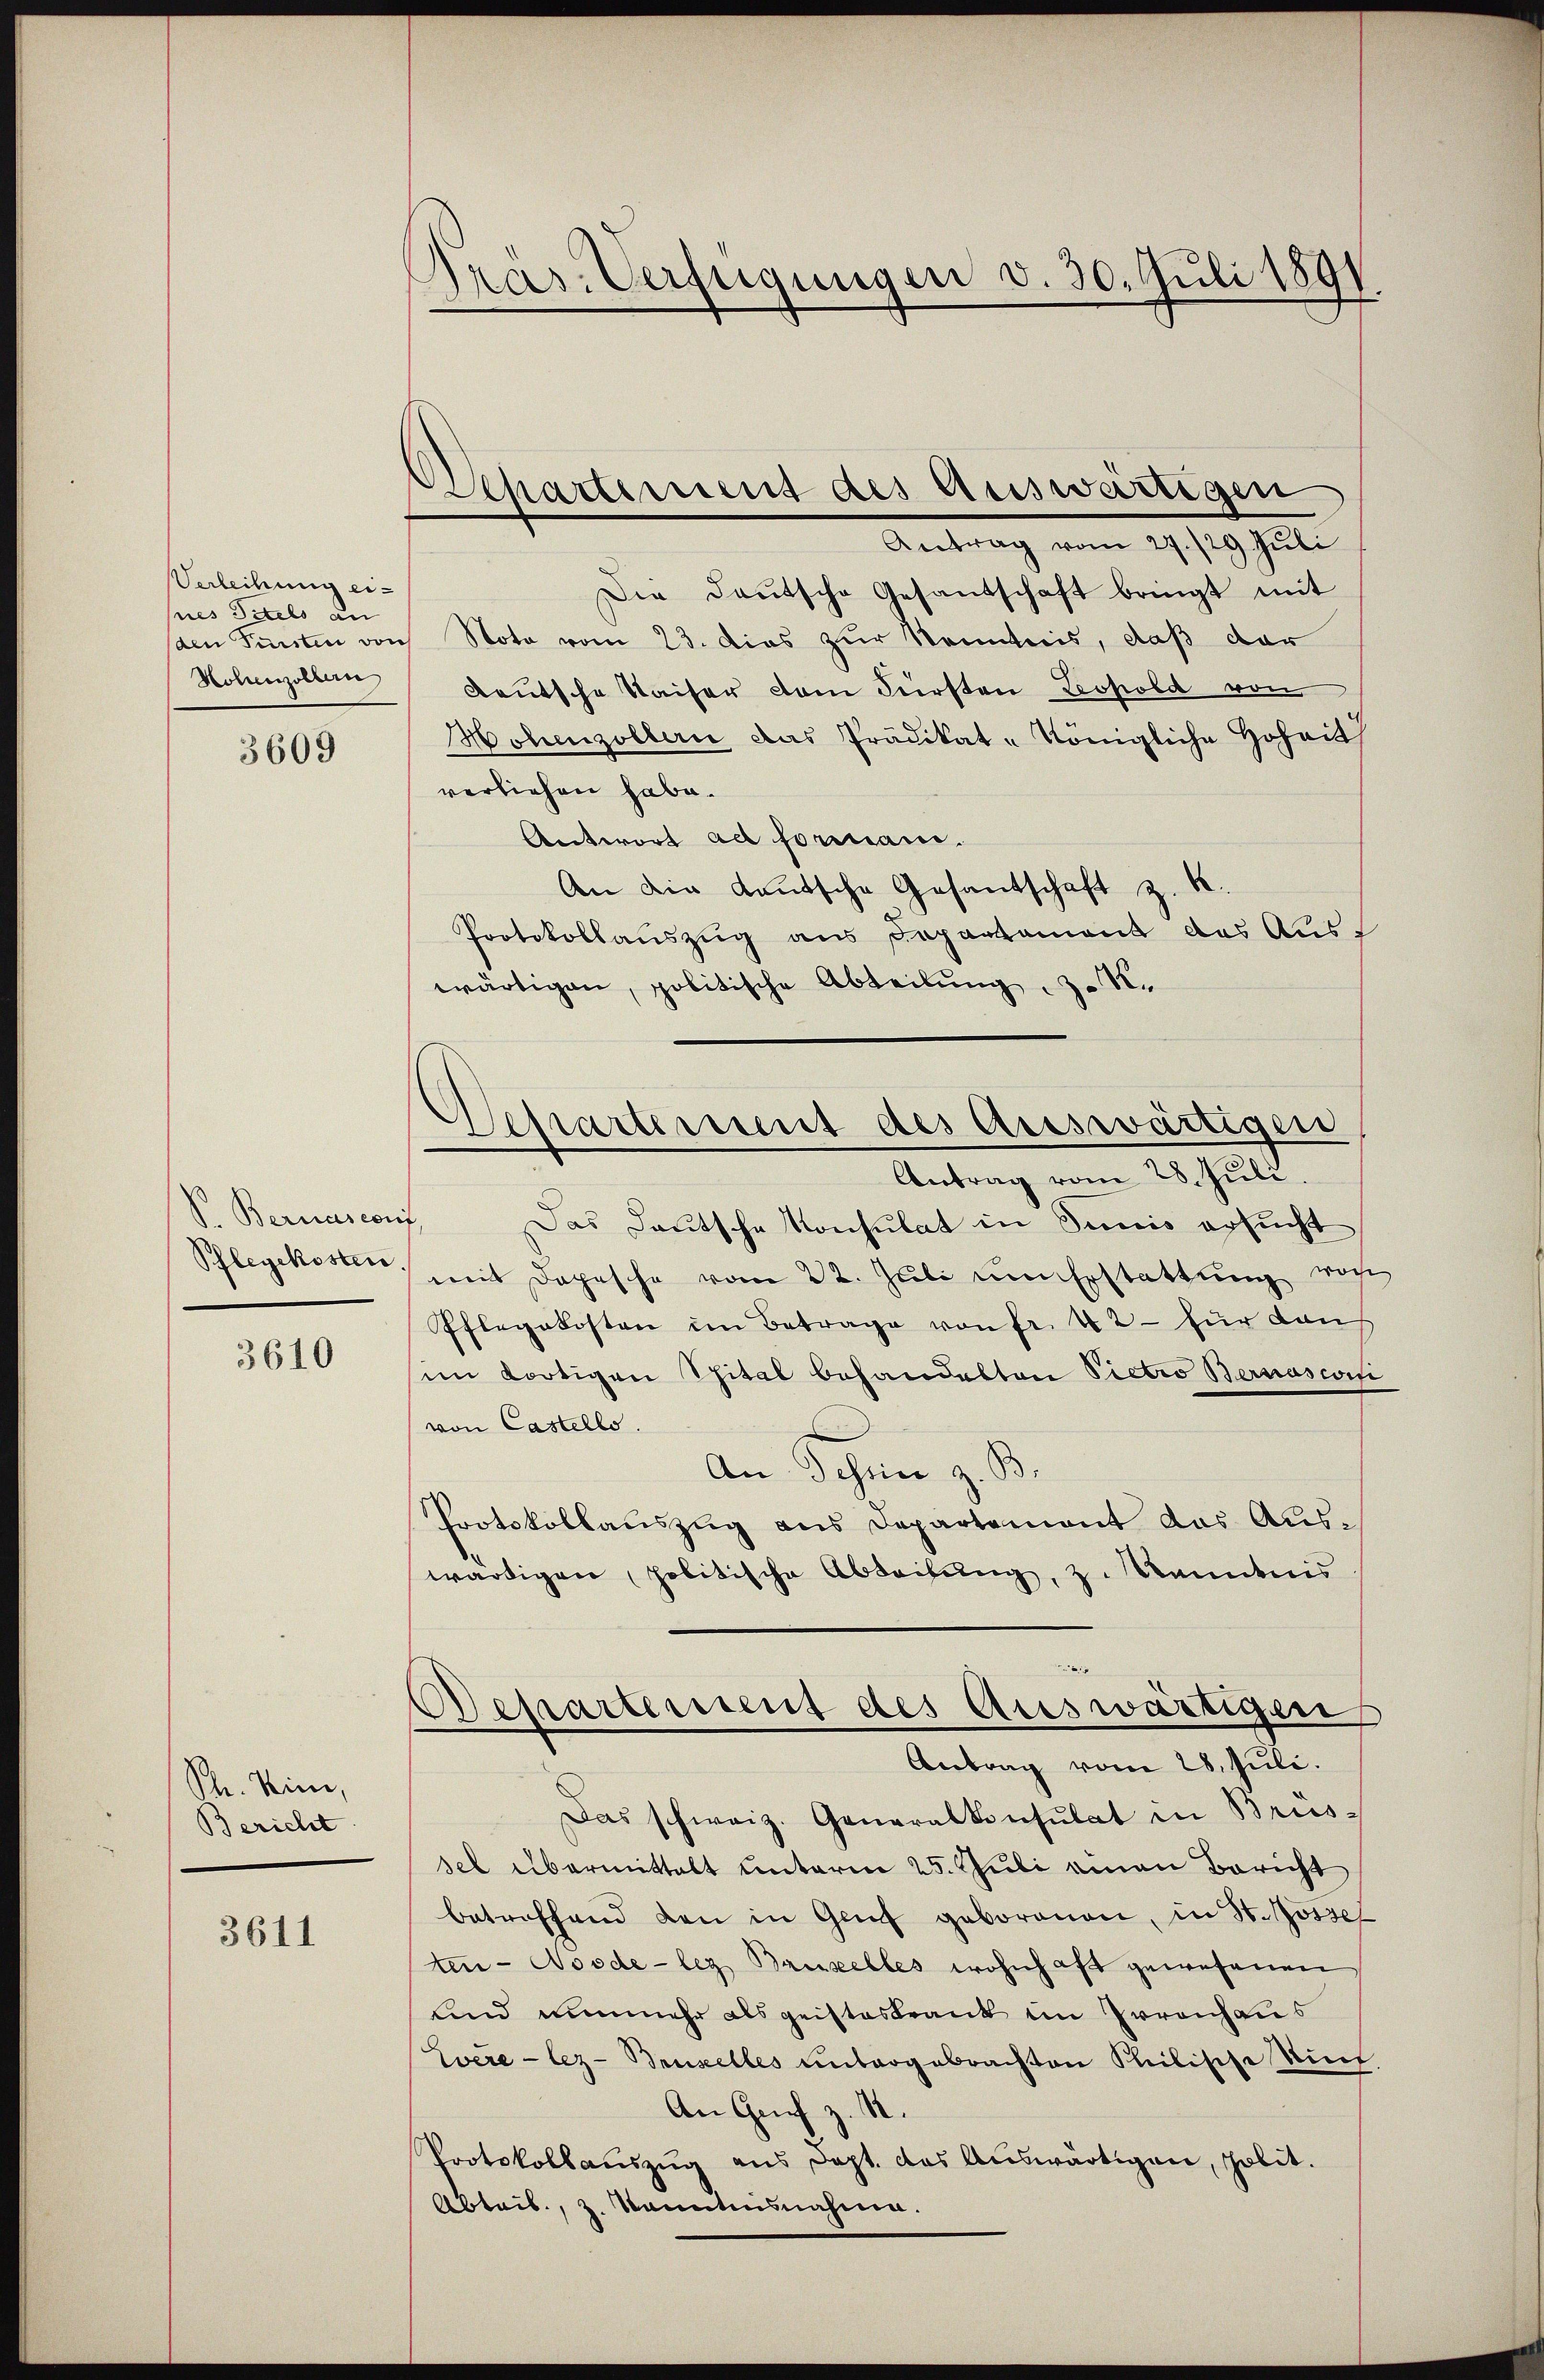
Verleihung eipes Titels an
Hohenzollern

3609

V. Bernasconf
Schlegekosten.

3610

Se. Meine,
Bericht

3611

Präs. Verfügungen d. 30. Juli 1891

repartement des Attiswärtigen
Antrag vom 27./29. Juli

Die Deutsche Gesandschaft bringt mit
den Fürsten von Nota vom 23. dies zur Kenntnis, daß dar
deutsche Waiser vom Fürsten Leopold von
Hohenzollern das Prädikat-Königliche Hoheit
verliehen habe.
Antwort ad formani.
An die Kautsche Gesandschaft z. B.
Protokollauszug aus Departament das Auswärtigen, politische Abteilung, z. R.
Antrag vom 28. Juli.
Das Deutsche Konsulat in Seis ersucht
mit Depesche vom 22. Juli um Erstattung noch
Pflegekosten im Betrage von Fr. 42 - für Kaus
im dortigen Spital behandelten Pietro Bernasconf
von Castello.
An Schen z. B.
Protokollauszug aus Departement das Auswärtigen politische Ableitung, z. Kenntnis
Departement des Auswärtigen
Antrag vom 28. Juli.
Das schweiz. Generalkonsulat in Brüssel übermittelt unterm 25. Juli einen Bericht
betreffend den in Genf geborenen, in St. Rossel
ten-Noode-leg Bruselles wohnhaft gewesenen
lind nunmehr als geisteskrank im Irrenhaus
Zvere-lez- Brustelles untergebrachten Philische Auch
An Genf z. R.
Protokollauszug aus Dopt. das Auswärtigen, polit.
Ableib., z. Kanntnisnahme.

Separtement des Auswärtigen